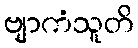
ဗျာကံသူတိ